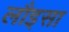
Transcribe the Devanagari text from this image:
लौइसा